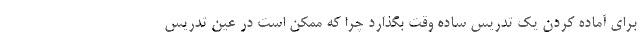
برای آماده کردن یک تدریس ساده وقت بگذارد چرا که ممکن است در عین تدریس